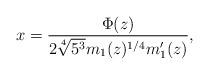
LaTeX: \begin{align*}x=\frac{\Phi(z)}{2\sqrt[4]{5^3}m_1(z)^{1/4}m_1'(z)},\end{align*}